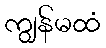
ကျွန်မထံ